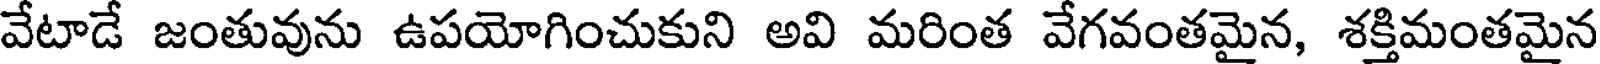
వేటాడే జంతువును ఉపయోగించుకుని అవి మరింత వేగవంతమైన, శక్తిమంతమైన